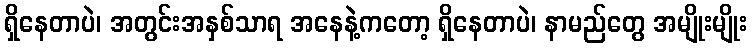
ရှိနေတာပဲ၊ အတွင်းအနှစ်သာရ အနေနဲ့ကတော့ ရှိနေတာပဲ၊ နာမည်တွေ အမျိုးမျိုး